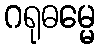
ဂရုဓမ္မေ